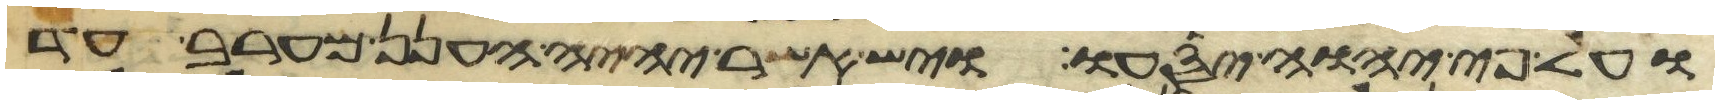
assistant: ועל פי יהוה יסעו ויש אשר יהיה הענן מערב עד